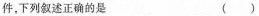
件，下列叙述正确的是 ()